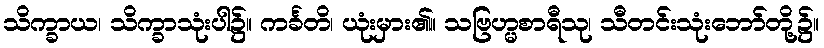
သိက္ခာယ၊ သိက္ခာသုံးပါ၌။ ကင်္ခတိ၊ ယုံးမှား၏။ သဗြဟ္မစာရီသု၊ သီတင်းသုံးဘော်တို့၌။